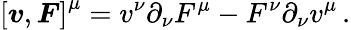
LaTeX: \left[\boldsymbol{v},\boldsymbol{F}\right]^{\mu}=v^{\nu}\partial_{\nu}F^{\mu}-F^{\nu}\partial_{\nu}v^{\mu}\, .